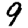
Digit: 9